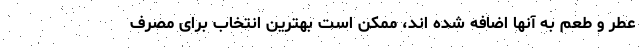
عطر و طعم به آنها اضافه شده اند، ممکن است بهترین انتخاب برای مصرف